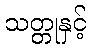
သတ္တုနှင့်